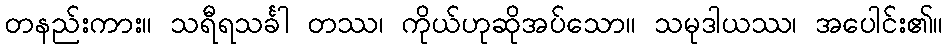
တနည်းကား။ သရီရသင်္ခါ တဿ၊ ကိုယ်ဟုဆိုအပ်သော။ သမုဒါယဿ၊ အပေါင်း၏။